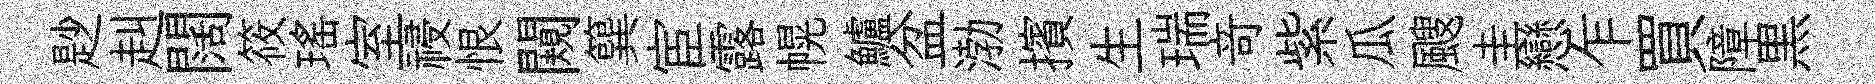
尟赳闊筱瑶室祲恨闚簨宦露幌鱸盆渤擯生瑞竒紫瓜颼圭戀乍買障黒